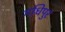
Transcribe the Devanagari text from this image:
गधिपुर